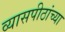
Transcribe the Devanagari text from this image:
व्यासपीठांच्या